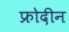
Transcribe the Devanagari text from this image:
फ्रोदीन